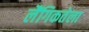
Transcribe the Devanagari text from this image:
लैंगिकतेला